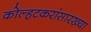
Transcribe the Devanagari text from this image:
कोल्हटकरांसारख्या